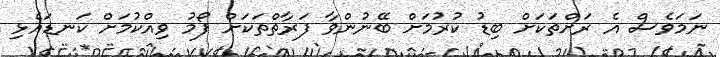
ނަމަވެސް އެ ރަށްތަކަށް ބިޑު ކުރުމަށް ބޭނުންވާ ފަރާތްތަކަށް ފޯމު ވިއްކުމަށް ކަނޑައެޅި